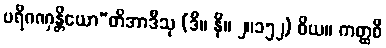
ပရိဂဏှန္တိယော”တိအာဒီသု (ဒီ။ နိ။ ၂။၁၅၂) ဝိယ။ ကတ္ထစိ